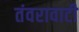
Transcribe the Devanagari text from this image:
तंवरावाटी